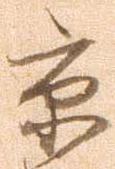
京